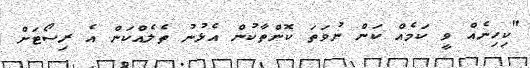
"ކިހިނެއް ވީ ކަމެއް ކަން ނުވަތަ ކޮންތާކުން އެޅުނު ތެލެއްކަން އެ ރިސޯޓަށް